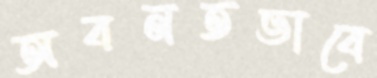
অবনতভাবে